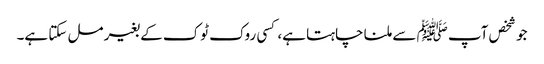
جو شخص آپ ﷺ سے ملنا چاہتا ہے، کسی روک ٹوک کے بغیر مل سکتا ہے۔